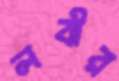
লবীর